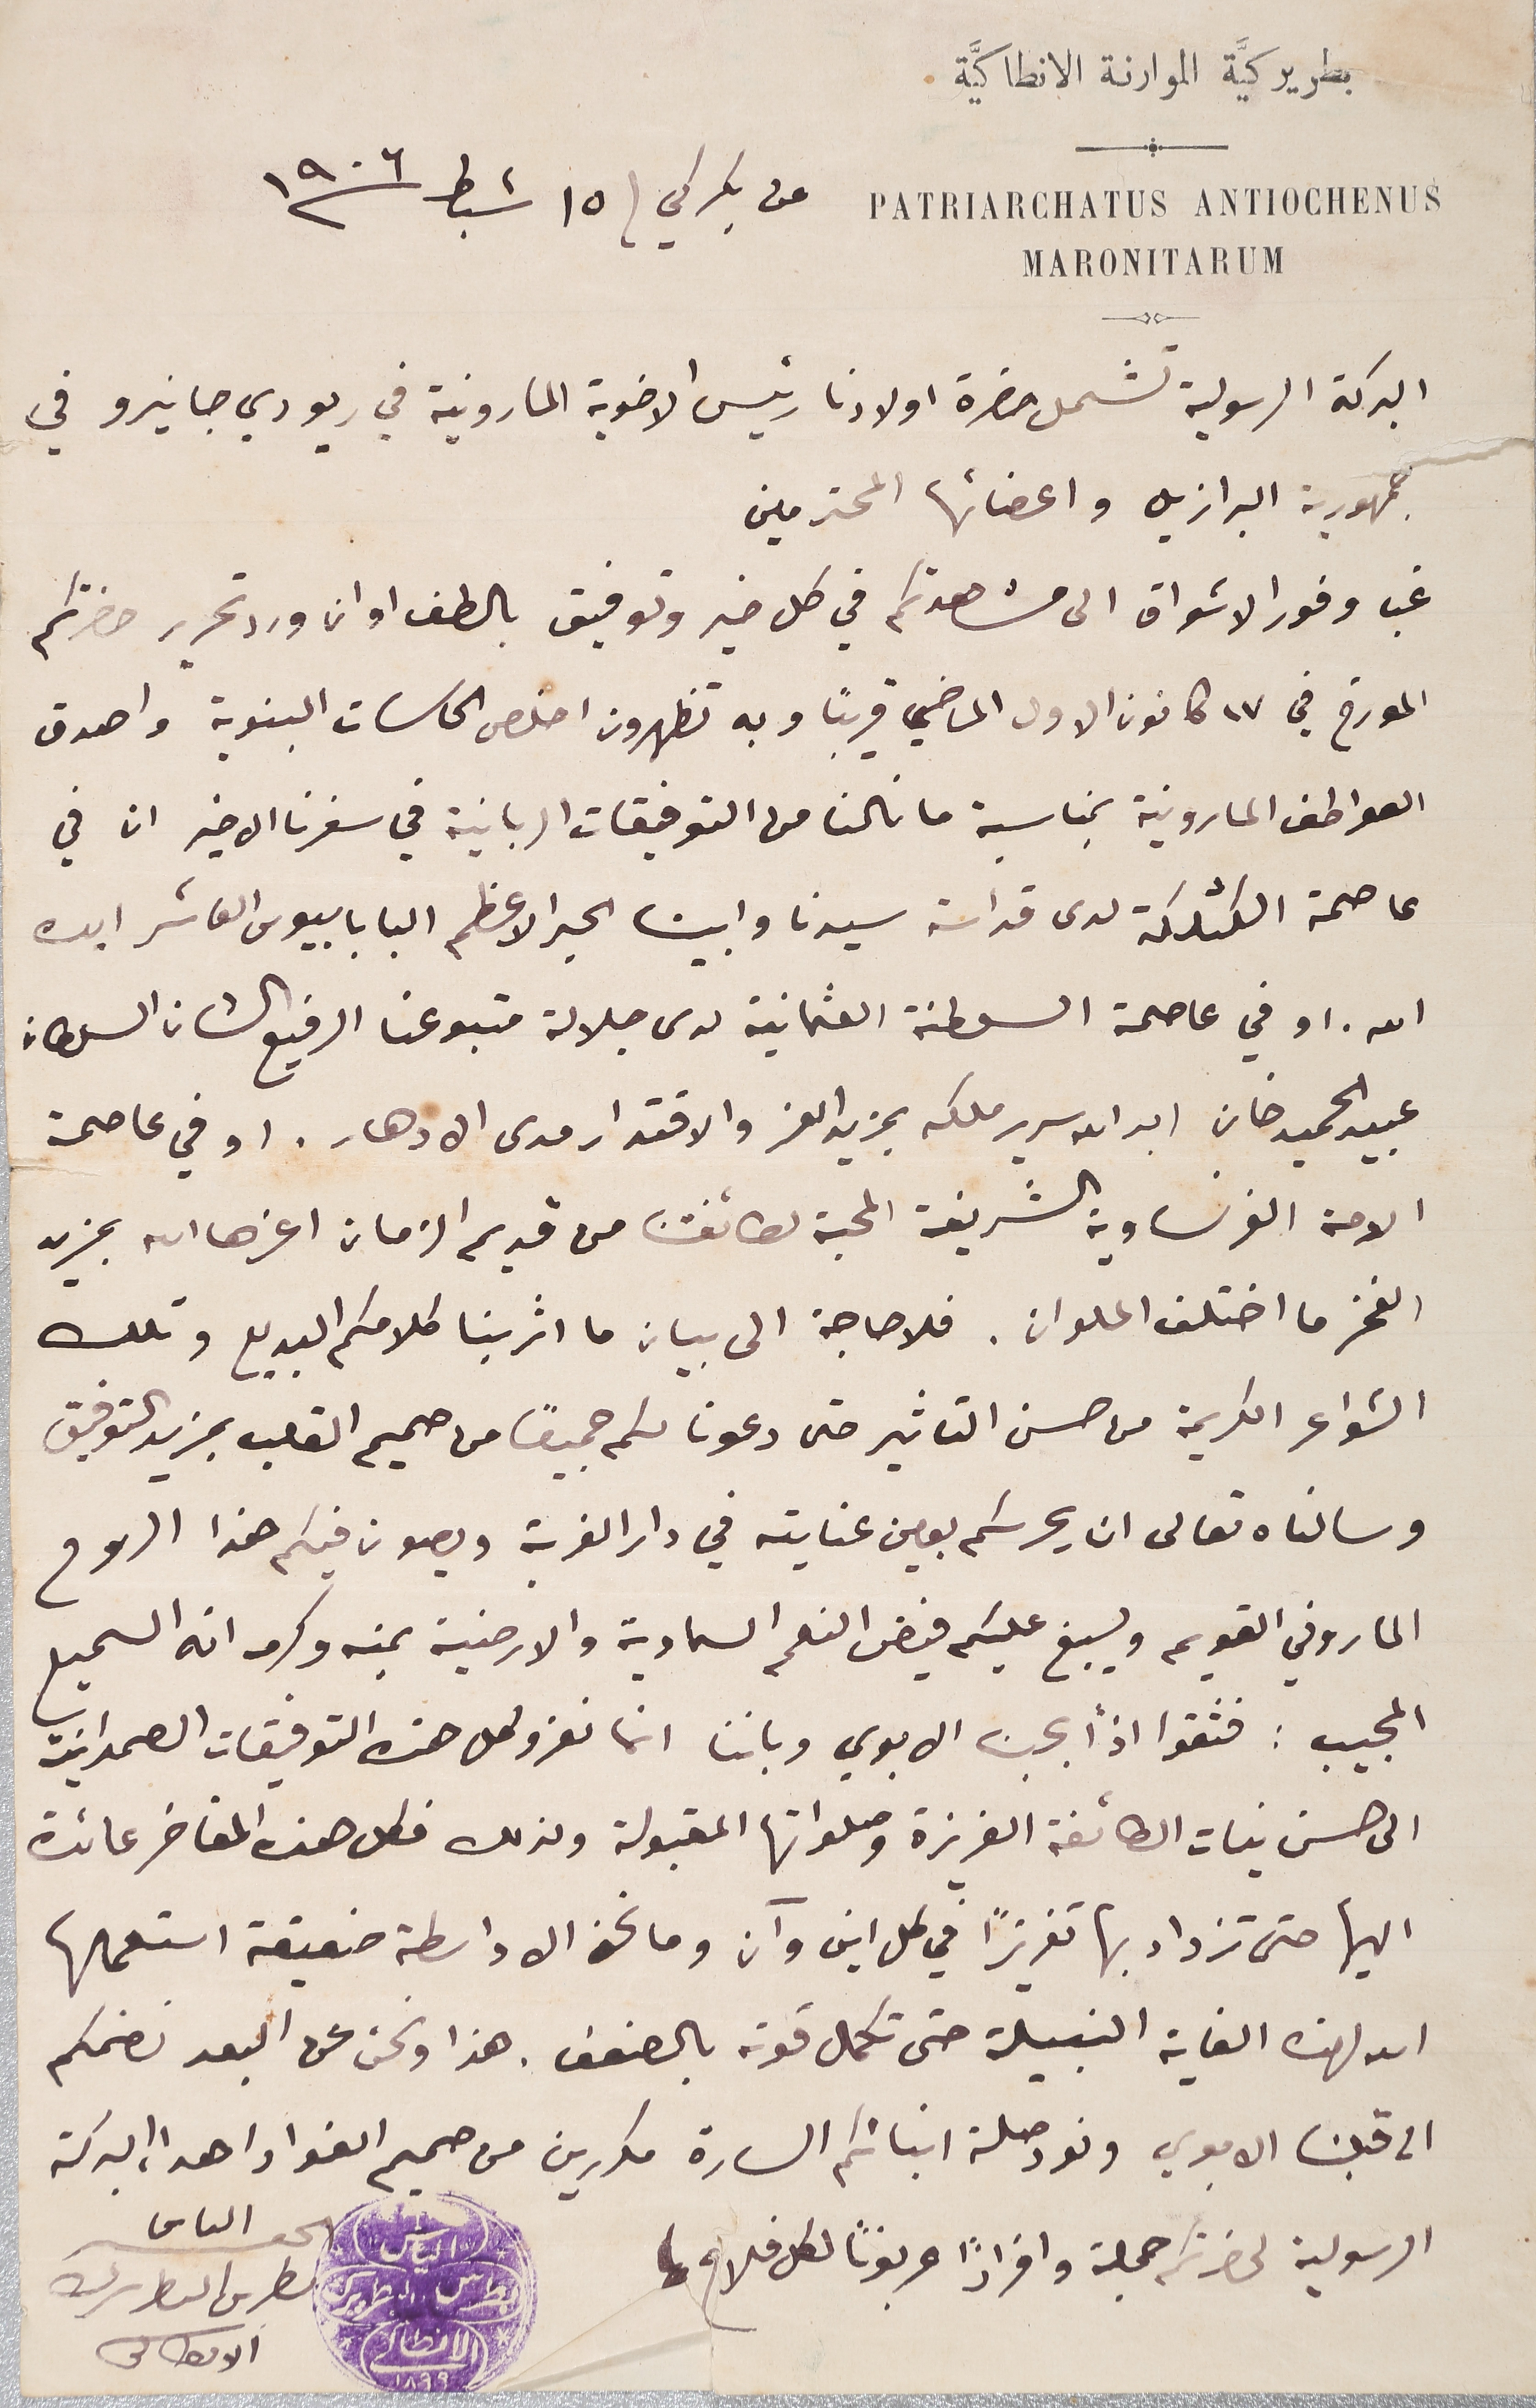
بطريركيَّة الموارنة الانطاكيَّة.
  عن بكركي ١٥ شباط ١٩٠٦
البركة الرسولية تشمل حضرة اولادنا رئيس الاخوية المارونية في ريو دي جانيرو في
جمهورية البرازيل واعضائها المحترمين
غب وفور الاشواق الى مشاهدتكم في كل خير وتوفيق بالطف اوان ورد تحرير حضرتكم
المورخ في ١٧ كانون الاول الماضي قريباً وبه تظهرون اخلص الحاسات البنوية واصدق
العواطف المارونية بمناسبة ما نالنا من التوفيقات الربانية في سفرنا الاخير ان في
عاصمة الكثلكة لدى قداسة سيدنا وابينا الحبر الاعظم البابا بيوس العاشر ايده
الله. او في عاصمة السلطنة العثمانية لدى جلالة متبوعنا الرفيع الشان السلطان
عبيد الحميد خان ايد الله سرير ملكه بمزيد العز والاقتدار مدى الادهار. او في عاصمة
الامة الفرنساوية الشريفة المحبة لطائفتنا من قديم الزمان اعزها الله بمزيد
الفخر ما اختلف الملوان. فلا حاجة الى بيان ما اثر بنا كلامكم البديع وتلك
الشواعر الكريمة من حسن التاثير حتى دعونا لكم جميعًا من صميم القلب بمزيد التوفيق
وسالناه تعالى ان يحرسكم بعين عنايته في دار الغربة ويصون فيكم هذا الروح
الماروني القويم ويسبغ عليكم فيض النعم السماوية والارضية بمنه وكرمه انه السميع
المجيب: فثقوا اذاً بحبنا الابوي وباننا انما نعزو كل هذه التوفيقات الصمدانية
الى حسن نيات الطائفة العزيزة وصلواتها المقبولة ولذلك فكل هذه المفاخر عائدة
اليها حتى تزداد بها تعزيزاً في كل اين وآن وما نحن الا واسطة ضعيفة استعملها
الله لهذه الغاية النبيلة حتى تكمل قوته بالضعف. هذا ونحن عن البعد نضمكم
الى قلبنا الابوي ونود صلة ابنائكم السارة مكررين من صميم الفواد واهداء البركة
الرسولية لحضرتكم جملة وافرادًا عربونًا لكل فلاح
الحقير الياس
بطرس البطرىرك الانطاكى
PATRIARCHATUS ANTIOCHENUS
MARONITARUM